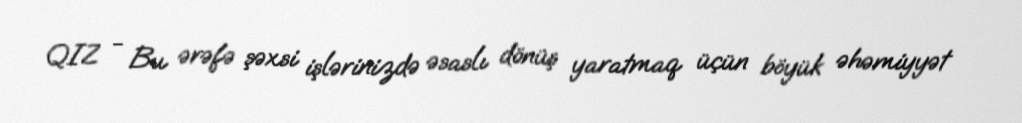
QIZ - Bu ərəfə şəxsi işlərinizdə əsaslı dönüş yaratmaq üçün böyük əhəmiyyət